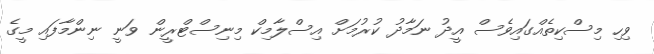
ވިހި މިސްކިތެއްގައިވެސް އީދު ނަމާދު ކުރުމަށް އިސްލާމިކް މިނިސްޓްރީން ވަނީ ނިންމާފައި މީގެ